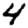
Digit: 4